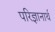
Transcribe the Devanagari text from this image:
परिज्ञानार्थ